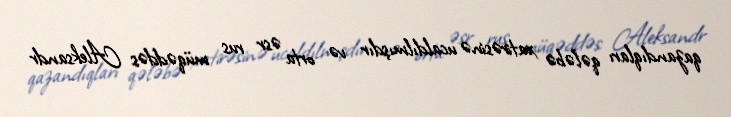
qazandıqları qələbə xatirəsinə ucaldılmışdır və orta əsr rus müqəddəs Aleksandr